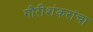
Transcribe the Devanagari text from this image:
गौरीशंकरांचा